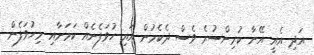
އަދި އެއީ އޭނާ ކުރިންސުރެ ވެސް ދެކެމުން އައި ހުވަފެނެއް ކަމަށާއި މިހުވަފެން